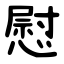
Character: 慰